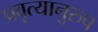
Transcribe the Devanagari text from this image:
प्रवृत्यानुरुप